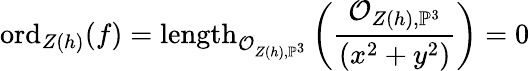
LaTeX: {\mathrm{ord}}_{Z(h)}(f)={\mathrm{length}}_{{\mathcal{O}}_{Z(h),\mathbb{P}^{3}}}\left({\frac{{\mathcal{O}}_{Z(h),\mathbb{P}^{3}}}{(x^{2}+y^{2})}}\right)=0